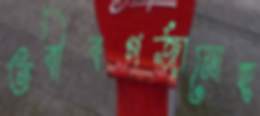
তবীবগর্জানোহ